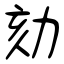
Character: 劾